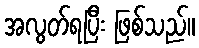
အလွတ်ရပြီး ဖြစ်သည်။